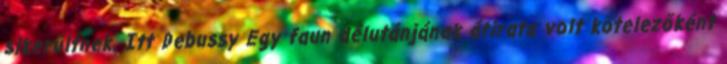
sikerültnek. Itt Debussy Egy faun délutánjának átirata volt kötelezőként